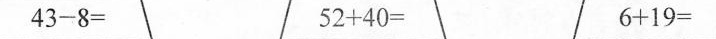
$$4 3 - 8 =$$ $$5 2 + 4 0 =$$ $$6 + 1 9 =$$